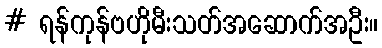
# ရန်ကုန်ဗဟိုမီးသတ်အဆောက်အဦး။